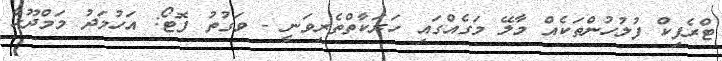
ޓްރެފިކް ފުލުހުންތަކެއް މާލޭ މަގެއްގައި ހަރަކާތްތެރިވަނީ - ވަގުތު ފޮޓޯ: އަހުމަދު މަމްދޫހް